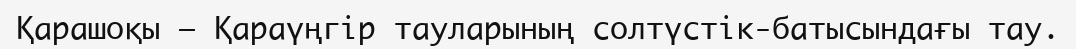
Қарашоқы – Қараүңгір тауларының солтүстік-батысындағы тау.